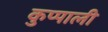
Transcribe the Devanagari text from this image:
कुप्पाली